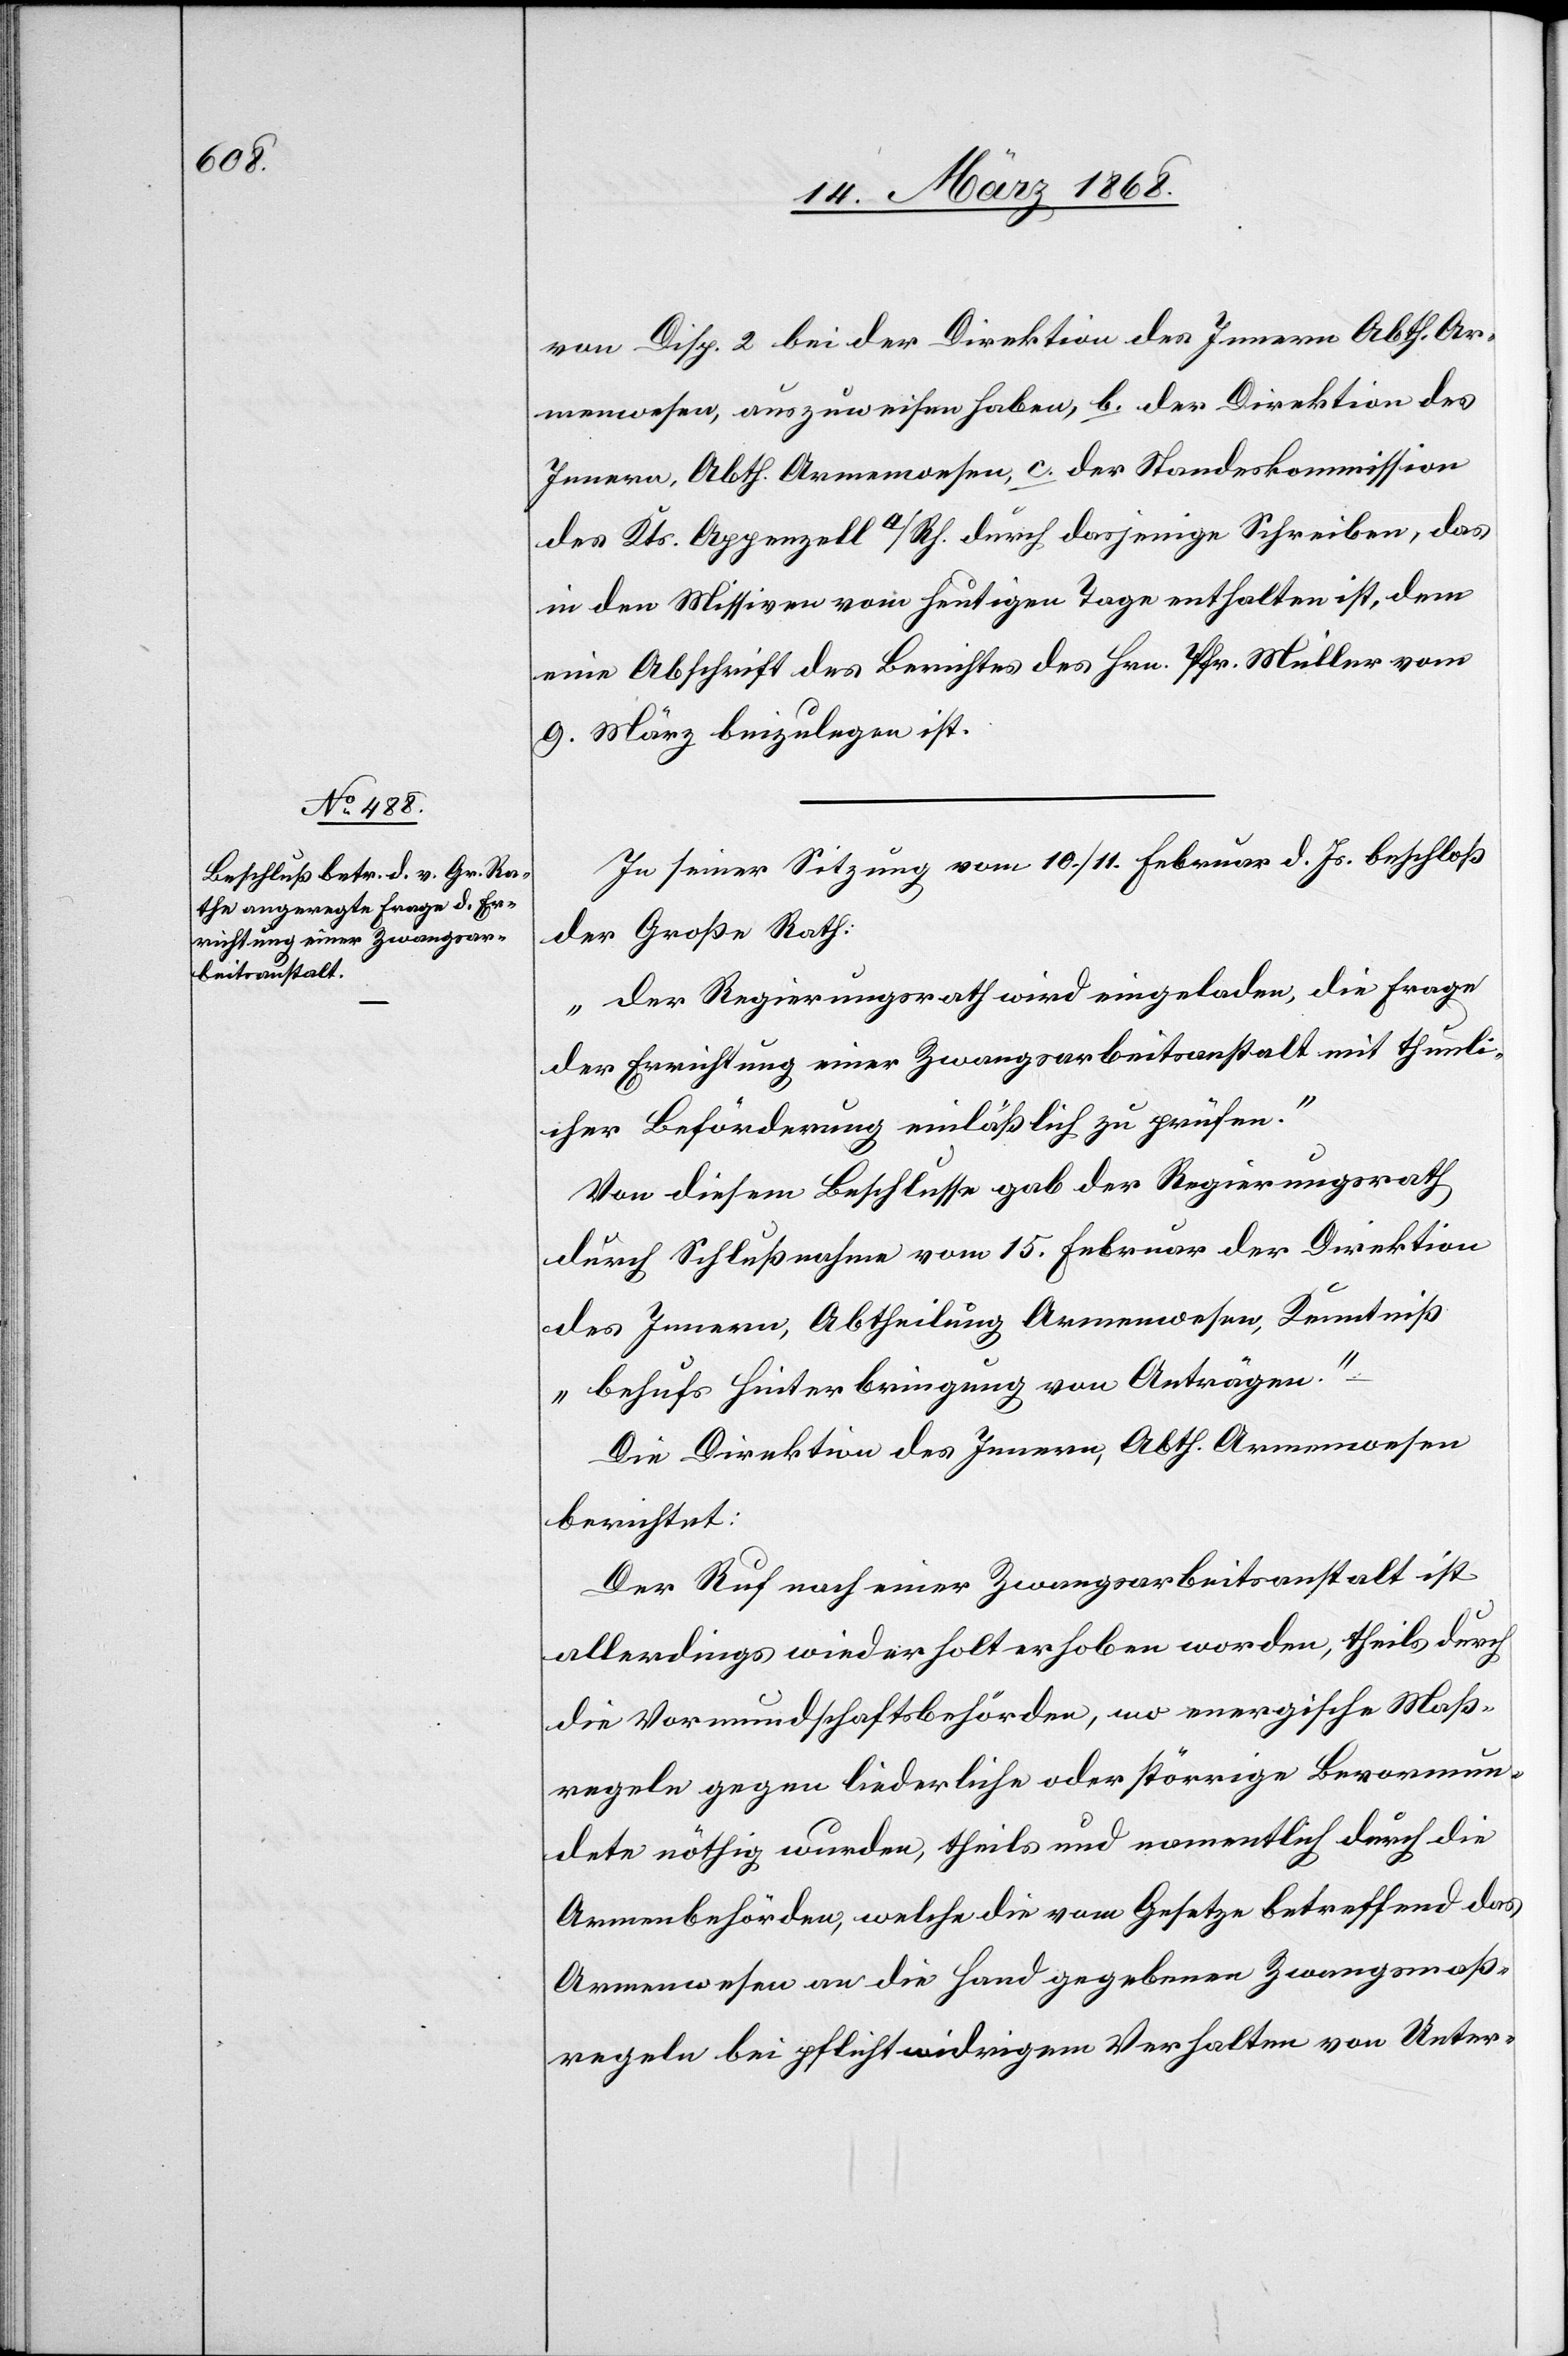
von Disp. 2 bei der Direktion des Innern Abth. Ar¬
menwesen, auszuweisen haben, b. der Direktion des
Innern, Abth. Armenwesen, c. der Standeskommission
des Kts. Appenzell a/Rh. durch dasjenige Schreiben, das
in den Missiven vom heutigen Tage enthalten ist, dem
eine Abschrift des Berichtes des Hrn. Pfr. Müller vom
9. März beizulegen ist.
In seiner Sitzung vom 10. / 11. Februar d. Js. beschloß
der Große Rath:
„Der Regierungsrath wird eingeladen, die Frage
der Errichtung einer Zwangsarbeitsanstalt mit thunli¬
cher Beförderung einläßlich zu prüfen.“
Von diesem Beschlusse gab der Regierungsrath
durch Schlußnahme vom 15. Februar der Direktion
des Innern, Abtheilung Armenwesen, Kenntniß
„behufs Hinterbringung von Anträgen.“
Die Direktion des Innern, Abth. Armenwesen
berichtet:
Der Ruf nach einer Zwangsarbeitsanstalt ist
allerdings wiederholt erhoben worden, theils durch
die Vormundschaftsbehörden, wo energische Maß¬
regeln gegen liederliche oder störrige Bevormun¬
dete nöthig wurden, theils und namentlich durch die
Armenbehörden, welche die vom Gesetze betreffend das
Armenwesen an die Hand gegebenen Zwangsmaß¬
regeln bei pflichtwidrigem Verhalten von Unter-